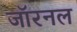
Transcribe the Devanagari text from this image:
जॉरनल